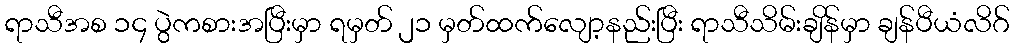
ရာသီအစ ၁၄ ပွဲကစားအပြီးမှာ ရမှတ် ၂၁ မှတ်ထက်လျော့နည်းပြီး ရာသီသိမ်းချိန်မှာ ချန်ပီယံလိဂ်